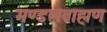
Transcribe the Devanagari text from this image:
मण्डलब्राह्मण